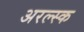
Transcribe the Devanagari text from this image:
अरल्स्क